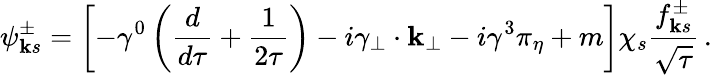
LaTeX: \psi_{{\mathbf k}s}^{\pm}=\left[-\gamma^{0}\left({\frac{d}{d\tau}}+\frac{1}{2\tau}\right)-i\gamma_{\mathbf{{\perp}}}\cdot{\mathbf{k_{\perp}}}-i\gamma^{3}\pi_{\eta}+m\right]\chi_{s}{\frac{f_{{\mathbf k}s}^{\pm}}{\sqrt\tau}}\, .